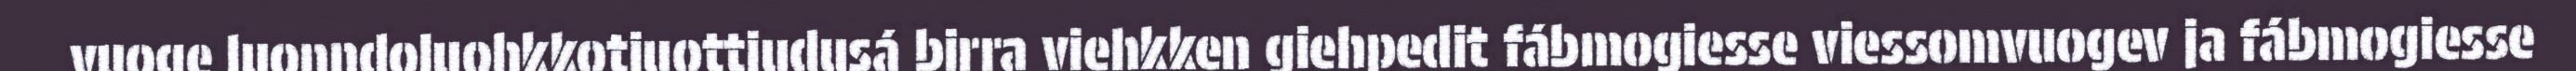
vuoge luonndoluohkkotjuottjudusá birra viehkken giehpedit fábmogiesse viessomvuogev ja fábmogiesse